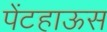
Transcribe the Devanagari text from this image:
पेंटहाऊस